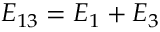
E _ { 1 3 } = E _ { 1 } + E _ { 3 }